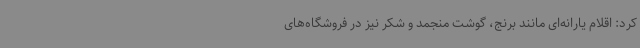
کرد: اقلام یارانه‌ای مانند برنج، گوشت منجمد و شکر نیز در فروشگاه‌های